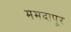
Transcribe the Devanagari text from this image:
ममदापूर